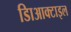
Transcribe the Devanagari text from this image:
डािआक्टाइल